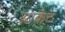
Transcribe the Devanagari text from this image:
साकेट